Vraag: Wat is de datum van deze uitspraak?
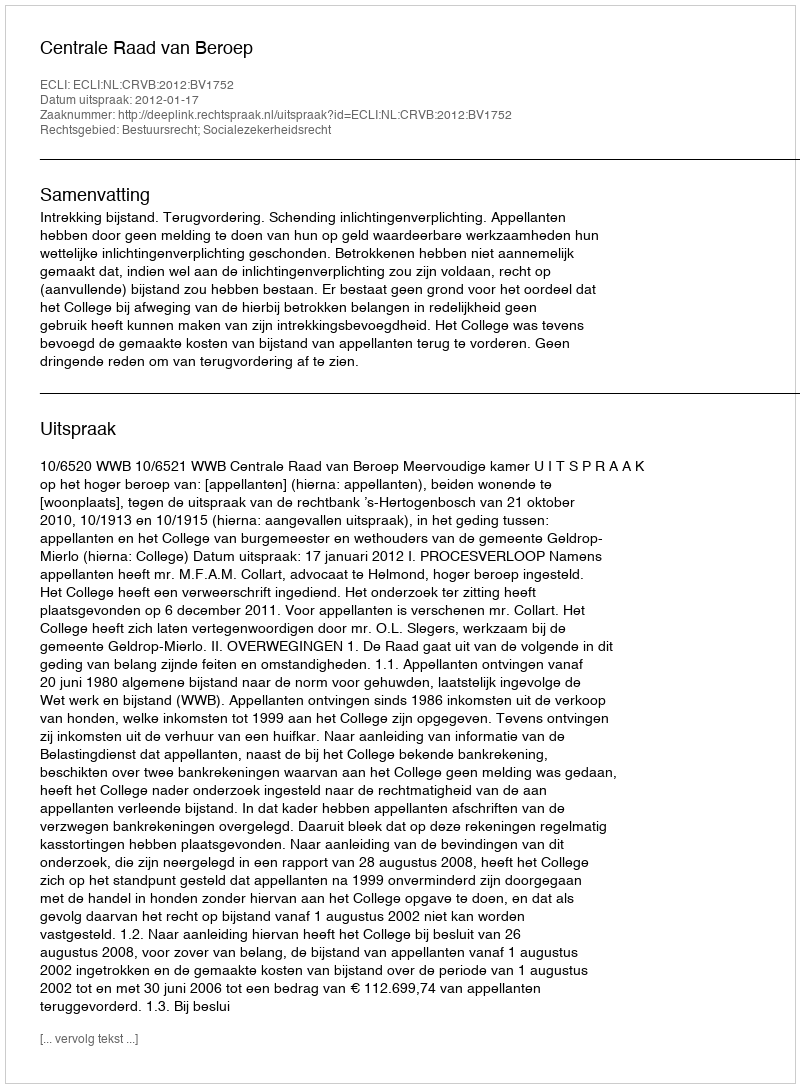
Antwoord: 2012-01-17